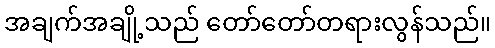
အချက်အချို့သည် တော်တော်တရားလွန်သည်။